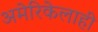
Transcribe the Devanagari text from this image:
अमेरिकेलाही